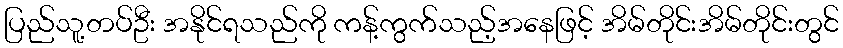
ပြည်သူ့တပ်ဦး အနိုင်ရသည်ကို ကန့်ကွက်သည့်အနေဖြင့် အိမ်တိုင်းအိမ်တိုင်းတွင်